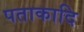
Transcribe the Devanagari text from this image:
पताकादि